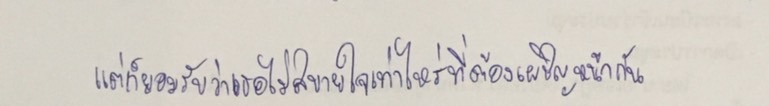
แต่ก็ยอมรับว่าเธอไม่สบายใจเท่าไรที่ต้องเผชิญหน้ากัน